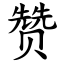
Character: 赞